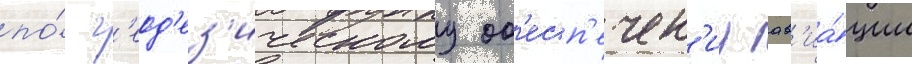
по́ г'еод'ез'ическому об'есп'ечен'иу ав'иа́ции